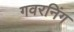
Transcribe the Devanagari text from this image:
गवरनिंग